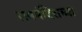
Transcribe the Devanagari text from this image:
राममंदिराच्या